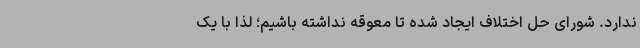
ندارد. شورای حل اختلاف ایجاد شده تا معوقه نداشته باشیم؛ لذا با یک